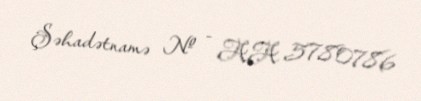
Şəhadətnamə № - AA 5780786